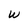
Character: w